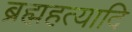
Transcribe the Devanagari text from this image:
ब्रह्महत्यादि